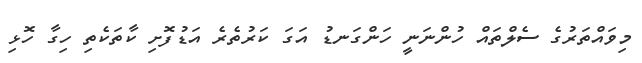
މިވައްތަރުގެ ސެލްތައް ހުންނަނީ ހަންގަނޑު އަގަ ކަރުތެރެ އަޑުފޮށި ކާތަކެތި ހިގާ ހޮޅި